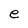
Character: e